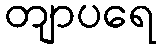
တျာပရေ